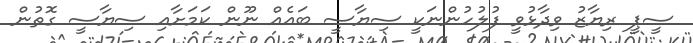
ސީޕީ ރިޔާޒު ވިދާޅުވީ ފުލުހުންނަކީ ސިޔާސީ ބައެއް ނޫން ކަމަށާއި ސިޔާސީ ގޮތުން